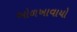
ઓળખાવાયો